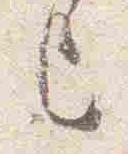
上